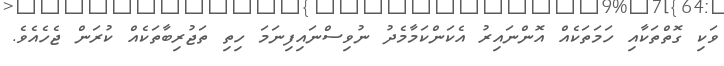
ވަކި ގޮތްތަކާއި ހަމަތަކެއް އޮންނައިރު އެކަންކަމާމެދު ނުވިސްނައިފިނަމަ ހިތި ތަޖުރިބާތަކެއް ކުރަން ޖެހެއެވެ.